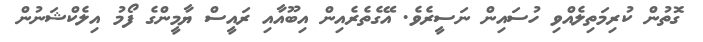
ގޮތުން ކުރިމަތިލެއްވި ހުސައިން ނަސީރެވެ. އޭގެތެރެއިން އިބޫއާއި ރައީސް ޔާމީންގެ ފޯމު އިލެކްޝަނުން